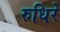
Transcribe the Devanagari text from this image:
रुधिरे